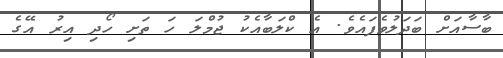
ބާސާއަށް ބަދަލުވެފައެވެ. އެ ކްލަބާއެކު ޖުމްލަ ހަ ތަށި ހޯދި އިރު އޭގެ